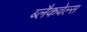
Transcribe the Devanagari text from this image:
ब्‍लैकवेल्‍स